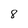
Character: 8